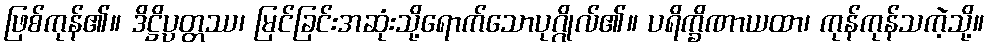
ဖြစ်ကုန်၏။ ဒိဋ္ဌိပ္ပတ္တဿ၊ မြင်ခြင်းအဆုံးသို့ရောက်သောပုဂ္ဂိုလ်၏။ ပရိက္ခိဏာယထာ၊ ကုန်ကုန်သကဲ့သို့။